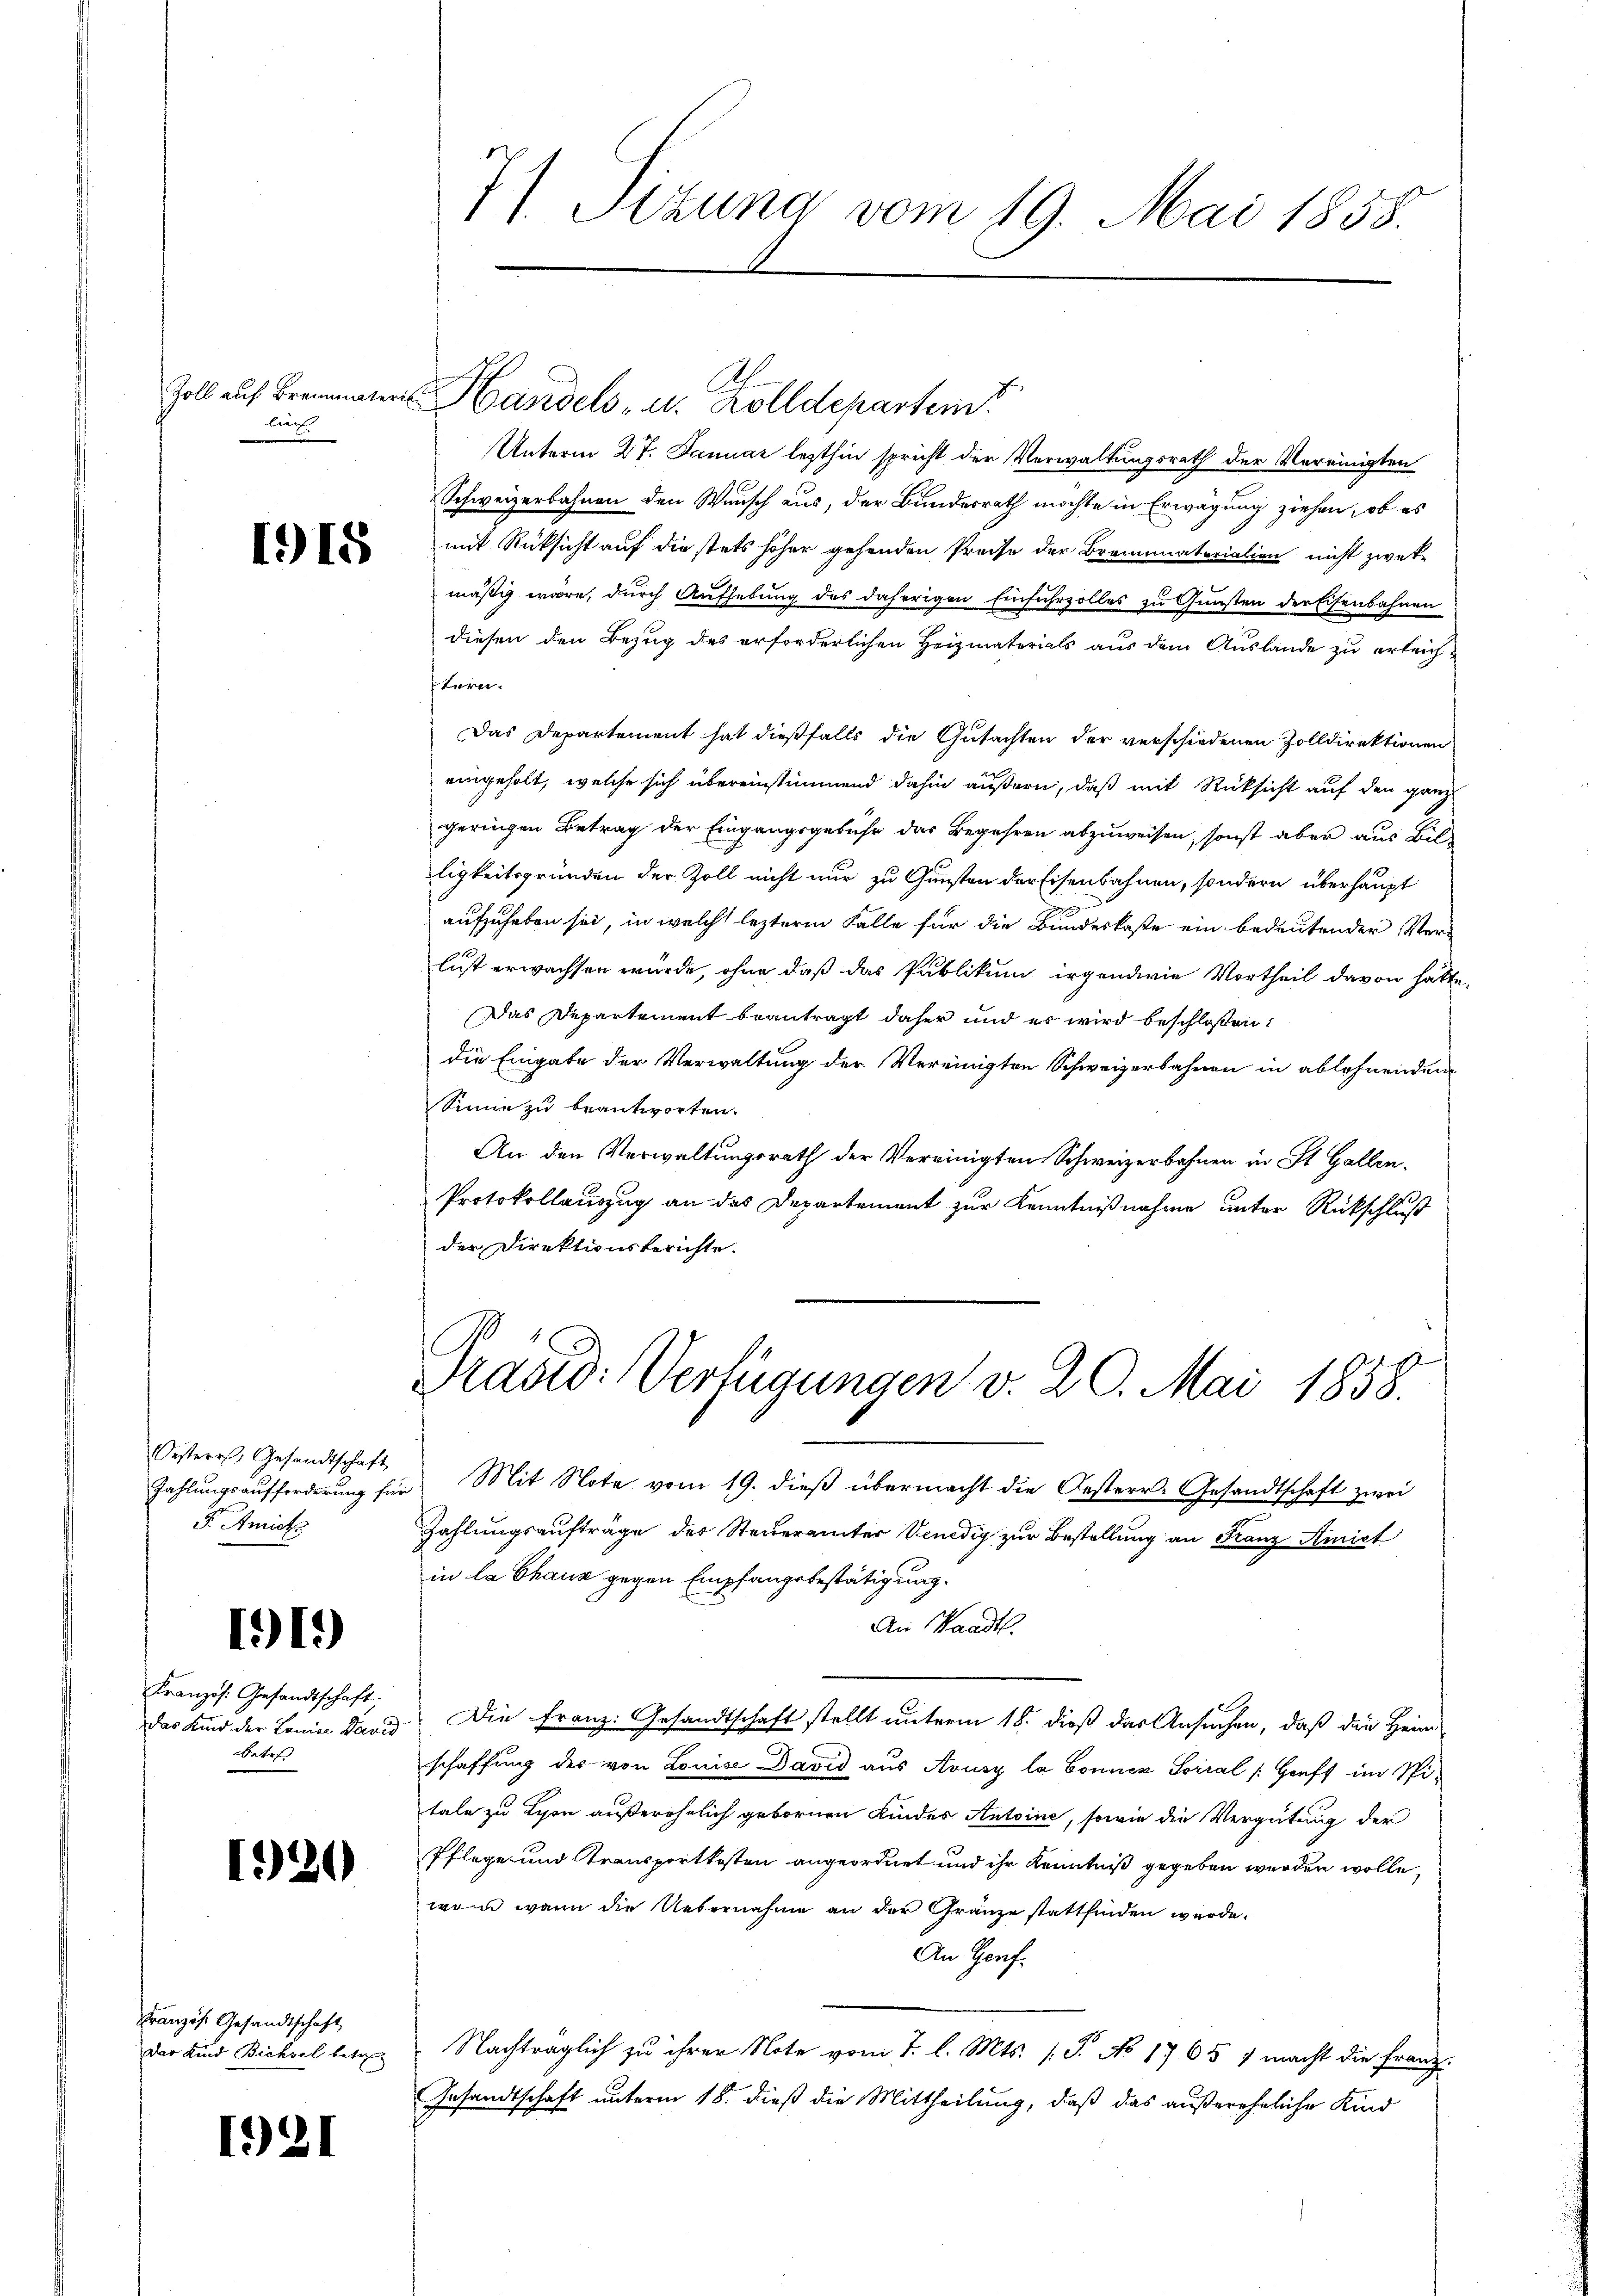
Zoll auf Bremater
läche

115

Oesteres Gesandtschaft
Zahlungsaufforderung für
F. Amich

191)

Französ. Gesandtschaft
Das Kind der Lonia David
Betre

1920

Französ. Gesandtschaft
Das Kind Bichsel betre

1921

7/ Sizung vom 19. Mai 1858.

Handels- u. Kolldepartem

Unterm 27. Januar lezthin spricht der Verwaltungsrath der Vereinigten
Schweizerbahnen den Wunsch aus, der Bundesrath möchte in Erwägung ziehen, ob es
mit Rücksicht auf die stets hoher gehenden Preise der Brominatoriation nicht zweke
mäßig wäre, durch Aufhebung des daherigen Einfuhrzolles zu Quasten der Eisenbahnen
diesen den Bezug des erforderlichen Heizmaterials aus dem Auslande zu erleichtern.
Das Departement hat dießfalls die Gutachten der verschiedenen Zolldirektionen
eingeholt, welche sich übereinstimmend dahin äußern, daß mit Rücksicht auf den ganz
geringen Betrag der Eingangsgebühr das Begehren abzuweisen, sonst aber aus Billigkeitsgründen der Zoll nicht nur zu Gunsten der Eisenbahnen, sondern überhaupt
aufzuheben sei, in welche lezterm Falle für die Bundeskoste ein bedeutender Verlust erwachsen würde, ohne daß das Publikum irgendwie Vortheil davon hatte.
Das Departement beantragt daher und es wird beschloßen:
die Eingabe der Verwaltung der Vereinigten Schweizerbahnen in ablehnenden
Sinne zu beantworten.
An den Verwaltungsrath der Vereinigten Schweizerbahnen in St. Gallen¬
Protokollauszug an das Departement zur Kenntnißnahme unter Rückschluß
der Direktionsberichte.
Präsid. Verfügungen v. 20. Mai 1858.
Mit Note vom 19. dieß übermacht die Oesterr. Gesandtschaft zwei
Zahlungsaufträge der Steuerämter Venedig zur Bestellung an Franz Amiet
in la Chaus gegen Empfangsbestätigung.
An Landt.
Die Franz: Gesandtschaft stellt unterm 18. dieß das Ansuchen, daß die Heim
schaffung des von Louise David aus Avusy la Conner Sorial (Gruft im Spitale zu Lyon außerehelich geborenen Kindes Antoine, sowie die Vergütung der
Pflege und Transportkosten angeordnet und ihr Kenntniß gegeben werden wolle,
won wann die Uebernahme an der Gränze stattfinden wurde.
An Genf.
Nachträglich zu ihrer Note vom 1. l. Mts. (T. No 17 65 1 macht die Franz.
Gesandtschaft unterm 18. dieß die Mittheilung, daß das außerehrliche Kind